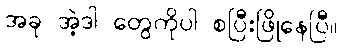
အခု အဲ့ဒါ တွေကိုပါ စပြီးဖြိုနေပြီ။